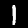
Label: 1